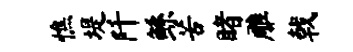
憔堤阡鲧苦睹雕戟